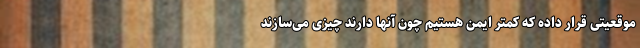
موقعیتی قرار داده که کمتر ایمن هستیم چون آنها دارند چیزی می‌سازند